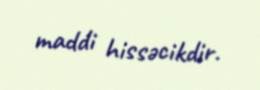
maddi hissəcikdir.